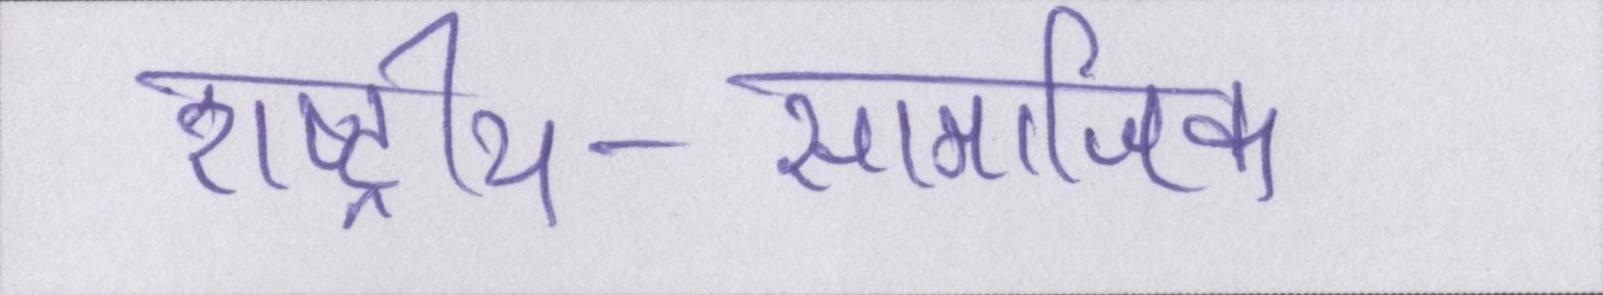
राष्ट्रीय-सामाजिक